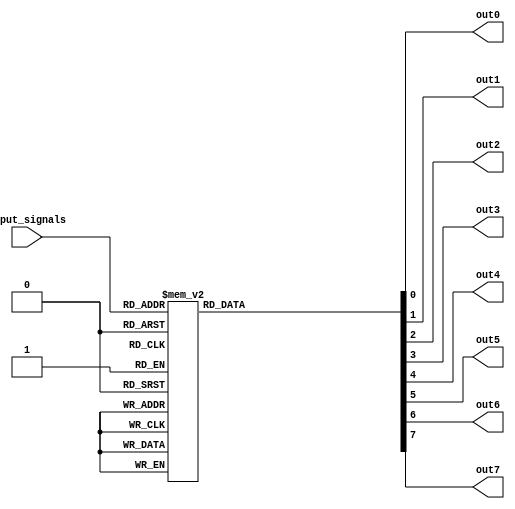
module octal_decoder(
    input  [2:0] input_signals,
    output reg out0, out1, out2, out3, out4, out5, out6, out7
);

always @(input_signals)
begin
    case(input_signals)
        3'b000: begin out0 = 1; out1 = 0; out2 = 0; out3 = 0; out4 = 0; out5 = 0; out6 = 0; out7 = 0; end
        3'b001: begin out0 = 0; out1 = 1; out2 = 0; out3 = 0; out4 = 0; out5 = 0; out6 = 0; out7 = 0; end
        3'b010: begin out0 = 0; out1 = 0; out2 = 1; out3 = 0; out4 = 0; out5 = 0; out6 = 0; out7 = 0; end
        3'b011: begin out0 = 0; out1 = 0; out2 = 0; out3 = 1; out4 = 0; out5 = 0; out6 = 0; out7 = 0; end
        3'b100: begin out0 = 0; out1 = 0; out2 = 0; out3 = 0; out4 = 1; out5 = 0; out6 = 0; out7 = 0; end
        3'b101: begin out0 = 0; out1 = 0; out2 = 0; out3 = 0; out4 = 0; out5 = 1; out6 = 0; out7 = 0; end
        3'b110: begin out0 = 0; out1 = 0; out2 = 0; out3 = 0; out4 = 0; out5 = 0; out6 = 1; out7 = 0; end
        3'b111: begin out0 = 0; out1 = 0; out2 = 0; out3 = 0; out4 = 0; out5 = 0; out6 = 0; out7 = 1; end
        default: begin out0 = 0; out1 = 0; out2 = 0; out3 = 0; out4 = 0; out5 = 0; out6 = 0; out7 = 0; end
    endcase
end

endmodule